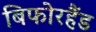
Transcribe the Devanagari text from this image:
बिफोरहैंड